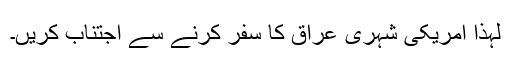
لہٰذا امریکی شہری عراق کا سفر کرنے سے اجتناب کریں۔